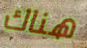
هناك